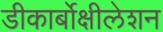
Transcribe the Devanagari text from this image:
डीकार्बोक्षीलेशन